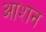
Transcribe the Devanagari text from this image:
आशन